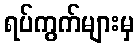
ရပ်ကွက်များမှ